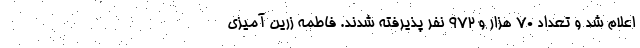
اعلام شد و تعداد ۷۰ هزار و ۹۷۲ نفر پذیرفته شدند. فاطمه زرین آمیزی